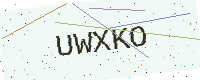
Text: UWXKO